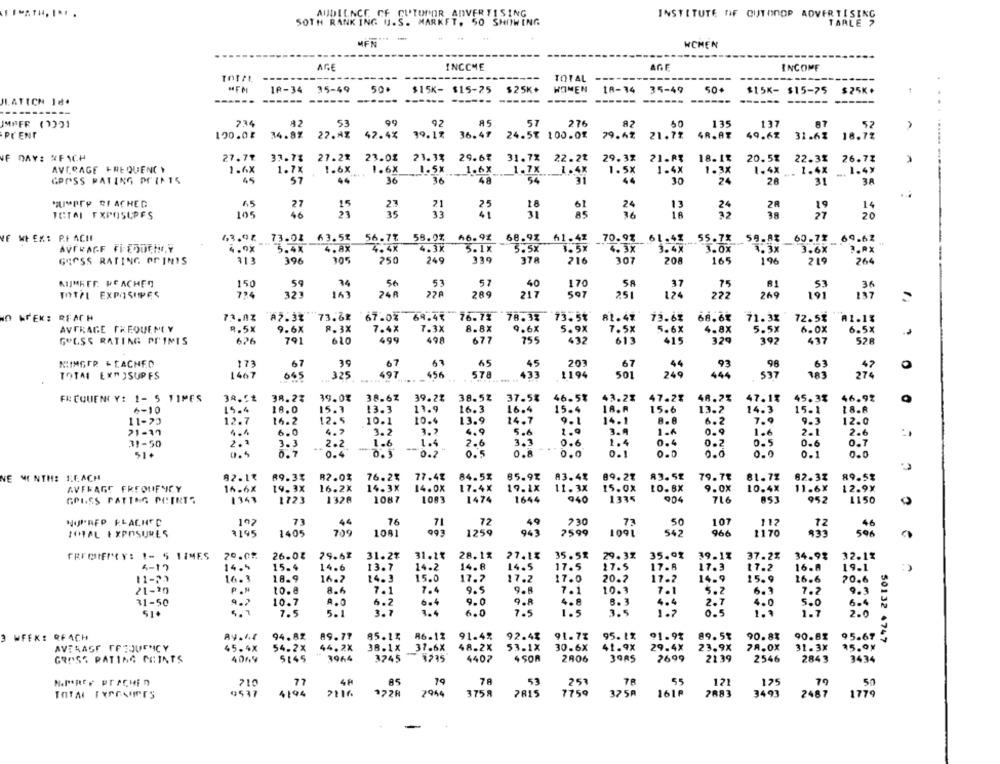
AUDIENCE CF CUTOFOR ADVERTISING
INSTITUTE OF OUTONOP ADVERTISING
SOTH RANKING U.S. MARKET. 50 SHOWING
TARLE S
MEN
WCHEN
AGE
INCOME
AGE
INCOME
---
TOTAL
10-34 35-49
500
$15K- $15-25
$25K+
WOMEN
18-34
35-49
50
$15K- $15-75 $25K+
------ ------
------
------
---
HATICH 18.
234
82
99
92
AS
57
276
87
135
IMPER (1221
53
50
137
87
52
PrENT
190.02 34.87
27.4%
42.4%
39.1%
36.47
24.57 100.0%
79.62
21.7%
4R.AT
49.62
31.62
18.7%
VF DAY: RFICH
27.71
37.7%
27.2%
23.01
21.3%
29.67
31.7%
22.2%
29.3%
21.8%
18. 18 20.58
22.3%
26.72
AVERAGE FREQUENCY
1.6X
1.6X
1.6X
1.5x
1.7x
1.4X
1.5X
1.4X
1.3X
1.49
1.7X
1.4X
1.48
-.
GPOSS PATING PRINTS
45
57
36
36
48
54
31
44
30
24
28
31
3A
SUMPEY RIACHEG
6.5
27
23
21
?
18
61
24
14
TOTAL EXPOSUPES
105
46
35
33
as
36
27
20
VE MI EX: P.EACH
63.92
73.04 63.5%
56.77
58.07,
46.92
68.9% 61.41
55.7%
59.88
60.71
. 69.62
70.97 61.41
AVERAGE FIEDDEHOY
4.9X
5.4X
4.8x
4.4X
4.3X
5.1X
3.5X
3.5X
4. 3X
3.4X
3.0X
7.3x
3.6X
D.RX
GROSS RATING POINTS
313
396
305
250
249
339
378
216
307
208
165
196
264
MIMREF. HE ACHEn
150
53
57
58
36
59
34
56
40
170
37
75
81
53
TOTFL EXPOSIPES
724
323
163
24₡
289
217
507
251
124
272
269
137
NO WEK: REACH
87.3%
73.62
67.0%
64.4℃ 76.7% 78.33
73.5%
81.47
73.62
68.64
71.3%
72.5%
A1.1%
AVERAGE FREQUENCY
9.5%
9.6X
8. 3X
7.4X
7.3X
8.8X
9.6X
5.9X
7.5x
5.6X
5.5x
6.0x
GOLSS RATING PRINIS
626
791
610
499
498
677
755
432
613
415
329
392
437
528
MIIMGER - CACHED
173
67
39
67
67
45
45
203
67
93
98
63
0
TOTAL EXTJSUPFS
1467
665
497
456
578
433
1194
501
249
444
183
325
FREQUENCY: 1- 5 TIMES
38.51
38.23
39.0%
38.62
39.2%
38.52
37.5%
46.5%
43.2%
47.2%
48.2%
47.13
45.38
46.92
6-10
15.4
18.0
15.3
13.3
13.9
16.3
16.4
15.4
18.A
15.6
13.2
14.3
15.1
18.8
11-73
12.7
16.2
12.5
10.1
10.4
13.9
14.7
9.1
14.1
8.8
7.9
6.2
21-37
4.4
6.0
4.2
3.2
3.2
4.9
5.4
1.9
3.9
1-6
0.9
1.6
2.1
2.6
31-50
2 .*
3.3
2.2
1.6
1.4
2.6
3.3
0.6
1.4
0.4
0.5
0.6
0.7
-
51.
9.5
5.7
0.4
0.5
0.2
0.5
0.8
0.0
0.1
0.0
0.0
0.
0.0
NE MONTHS REACH
92.11
89.3%
82.0%
76.2%
77.4%
84.5%
65.9%
83.4%
89.2%
83.52
79.78
81.7%
92.32
89.5$
AVERAGE FREQUENCY
16.6X
19.3X
16.2X
14.3X
14.0X
17.4X
19.1X
11.3X
15.0X
10. BX
9.0X
10.4X
12.9x
11.67
GPISS PATTOG POINTS
1343
1723
1328
1087
1083
1474
1644
@40
1335
904
716
952
1150
NOPREP ELACHEC
102
73
44
76
71
72
230
73
50
107
112
TOTAL EXPOSURES
3195
1405
709
1081
1259
943
2599
1091
542
966
1170
FREEIFMCY: 1- 5 TIMES
20.02
26.08
79.62
31.2%
31.14
28.1%
27.1%
35.5%
29.3%
35.9%
39.17
37.2%
34.92
32.11
15.4
13.7
14-2
14.8
14.5
17.5
4-17
14.5
14.6
17.5
17.8
17.3
17.2
16.8
19.1
11-23
16.3
18.9
16.7
14.3
15.0
17.7
17.2
17.0
20.2
17-2
14.9
15.9
16.6
70.6
P ."
9.5
21-20
8.6
7.1
7.4
9.8
7.1
10.3
7.1
5.2
6.3
7.2
9.3
31-50
9.2
10.7
A.0
6.2
6.4
9.0
9.R
4. A
8.3
4.4
2.7
4.0
5.1
3.7
1.4
6.0
7.5
3.5
1-2
S.O
7.5
5.1
1.5
1.7
.
86-12
91.7%
89.5%
90.8%
WFEK: REACH
Ay.A.I
94.82
89.77
85.14
91.4%
92.48
95. 1%
91.9%
90.83
95.69
50132 4747
AVERAGE FETOUENCY
45.4X
54.2X
44.2X
38.1 X
37.6X
48.2X
53.1X
30.6X
41.9X
29.4X
23.9X
78.0X
31-3X
15.07
5145
3964
3745
3235
4 SOR
2406
3ORS
2699
2139
2546
3434
GROSS PATING POINTS
4044
4407
2843
AS
78
251
7R
55
H.PRty PraCHin
710
77
19
53
121
175
TOTAL EXPESUITES
0537
4196
2116
1728
2944
3758
2815
7759
375A
161P
2883
3493
2487
179
-